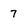
Character: 7